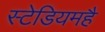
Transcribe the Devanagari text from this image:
स्टेडियमहै